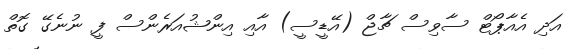
އަދި އެއާޕޯޓް ސާވިސް ޗާޖް (އޭޑީސީ) އާއި އިންޝުއަރެންސް ފީ ނުނެގޭ ގޮތް